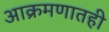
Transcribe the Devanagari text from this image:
आक्रमणातही